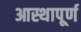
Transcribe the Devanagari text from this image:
आस्थापूर्ण